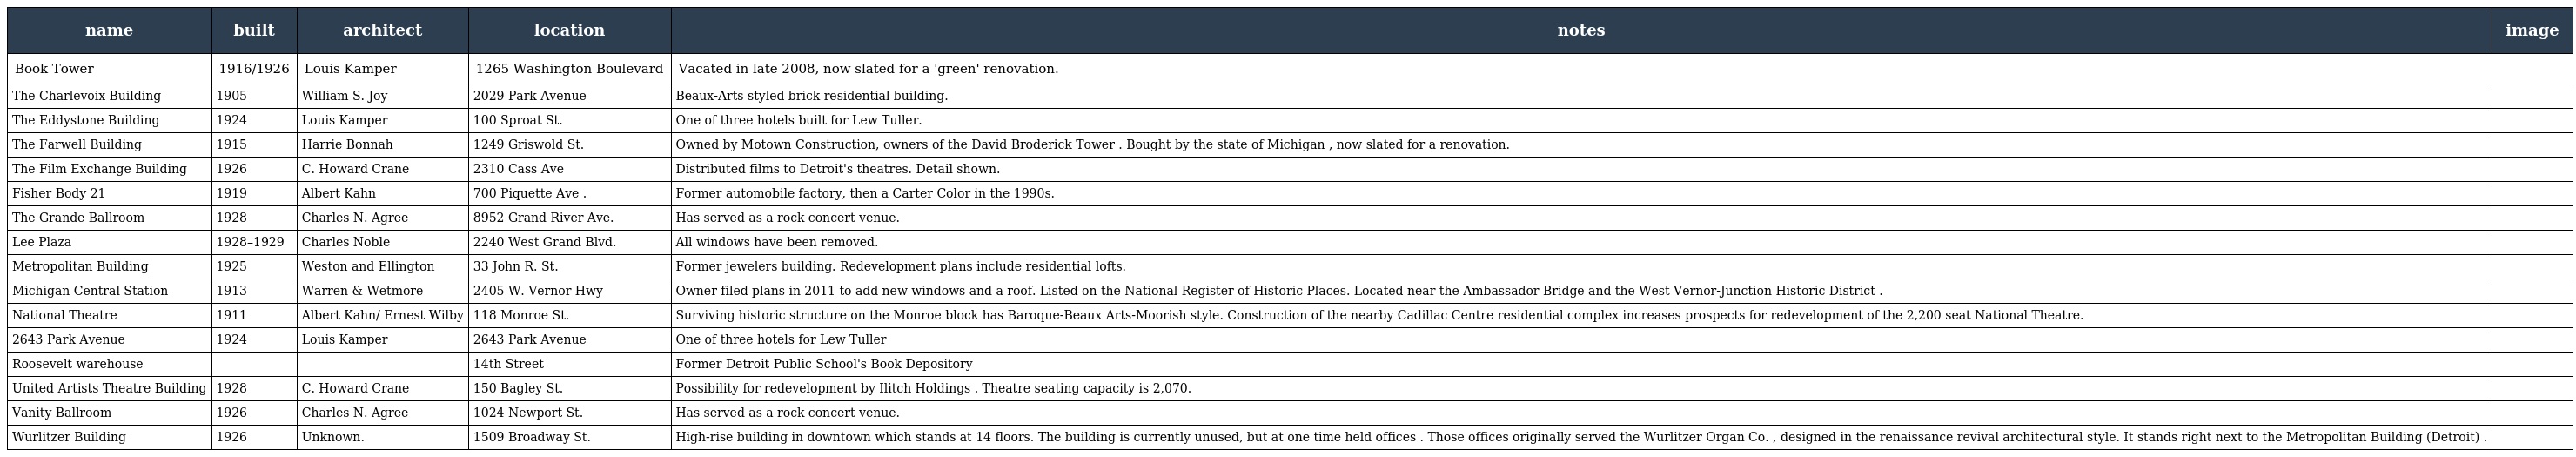
| name | built | architect | location | notes | image |
 | --- | --- | --- | --- | --- | --- |
 | Book Tower | 1916/1926 | Louis Kamper | 1265 Washington Boulevard | Vacated in late 2008, now slated for a 'green' renovation. |  |
 | The Charlevoix Building | 1905 | William S. Joy | 2029 Park Avenue | Beaux-Arts styled brick residential building. |  |
 | The Eddystone Building | 1924 | Louis Kamper | 100 Sproat St. | One of three hotels built for Lew Tuller. |  |
 | The Farwell Building | 1915 | Harrie Bonnah | 1249 Griswold St. | Owned by Motown Construction, owners of the David Broderick Tower . Bought by the state of Michigan , now slated for a renovation. |  |
 | The Film Exchange Building | 1926 | C. Howard Crane | 2310 Cass Ave | Distributed films to Detroit's theatres. Detail shown. |  |
 | Fisher Body 21 | 1919 | Albert Kahn | 700 Piquette Ave . | Former automobile factory, then a Carter Color in the 1990s. |  |
 | The Grande Ballroom | 1928 | Charles N. Agree | 8952 Grand River Ave. | Has served as a rock concert venue. |  |
 | Lee Plaza | 1928–1929 | Charles Noble | 2240 West Grand Blvd. | All windows have been removed. |  |
 | Metropolitan Building | 1925 | Weston and Ellington | 33 John R. St. | Former jewelers building. Redevelopment plans include residential lofts. |  |
 | Michigan Central Station | 1913 | Warren & Wetmore | 2405 W. Vernor Hwy | Owner filed plans in 2011 to add new windows and a roof. Listed on the National Register of Historic Places. Located near the Ambassador Bridge and the West Vernor-Junction Historic District . |  |
 | National Theatre | 1911 | Albert Kahn/ Ernest Wilby | 118 Monroe St. | Surviving historic structure on the Monroe block has Baroque-Beaux Arts-Moorish style. Construction of the nearby Cadillac Centre residential complex increases prospects for redevelopment of the 2,200 seat National Theatre. |  |
 | 2643 Park Avenue | 1924 | Louis Kamper | 2643 Park Avenue | One of three hotels for Lew Tuller |  |
 | Roosevelt warehouse |  |  | 14th Street | Former Detroit Public School's Book Depository |  |
 | United Artists Theatre Building | 1928 | C. Howard Crane | 150 Bagley St. | Possibility for redevelopment by Ilitch Holdings . Theatre seating capacity is 2,070. |  |
 | Vanity Ballroom | 1926 | Charles N. Agree | 1024 Newport St. | Has served as a rock concert venue. |  |
 | Wurlitzer Building | 1926 | Unknown. | 1509 Broadway St. | High-rise building in downtown which stands at 14 floors. The building is currently unused, but at one time held offices . Those offices originally served the Wurlitzer Organ Co. , designed in the renaissance revival architectural style. It stands right next to the Metropolitan Building (Detroit) . |  |